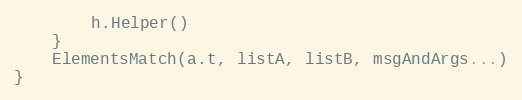
Language: Go
		h.Helper()
	}
	ElementsMatch(a.t, listA, listB, msgAndArgs...)
}